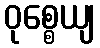
ဝုစ္စေယျ